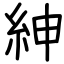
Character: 紳